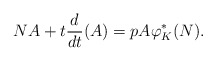
\begin{align*}NA + t\frac{d}{dt}(A) = p A \varphi_K^*(N).\end{align*}